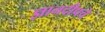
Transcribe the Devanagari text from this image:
ज्ञानदीपचे